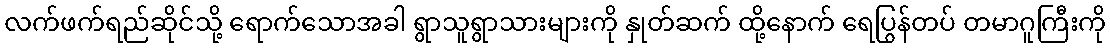
လက်ဖက်ရည်ဆိုင်သို့ ရောက်သောအခါ ရွာသူရွာသားများကို နှုတ်ဆက် ထို့နောက် ရေပြွန်တပ် တမာဂူကြီးကို